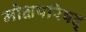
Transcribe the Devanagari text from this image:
मोक्षपरिषद्